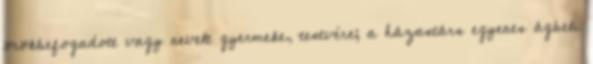
örökbefogadott vagy nevelt gyermeke, testvére; a házastárs egyenes ágbeli